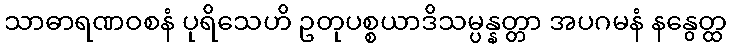
သာဓာရဏဝစနံ ပုရိသေဟိ ဥတုပစ္စယာဒိသမ္ပန္နတ္တာ အပဂမနံ နနွေတ္ထ